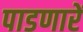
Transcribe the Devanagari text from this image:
पाडणारें